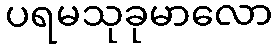
ပရမသုခုမာလော